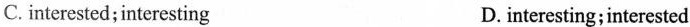
C.interested; interesting D.interesting; interested